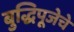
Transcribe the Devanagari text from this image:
बुद्धिपूजेचे